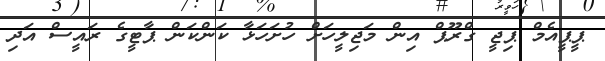
ޕީޕީއެމް ޕިޖީ ގްރޫޕް އިން މަޖިލީހަށް ހުށަހަޅާ ކަންކަން ޕާޓީގެ ރައީސް އަދި